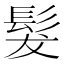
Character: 髮